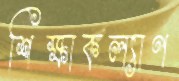
শিক্ষাকল্যাণ